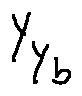
y _ { y _ { b } }